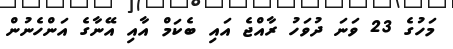
މަހުގެ 23 ވަނަ ދުވަހު ރާއްޖެ އައި ބެކަމް އާއި އޭނާގެ އަންހެނުން